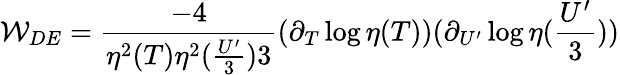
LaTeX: {\cal W}_{DE}=\frac{-4}{\eta^{2}(T)\eta^{2}(\frac{U^{\prime}}{3})3}(\partial_{T}\log\eta(T))(\partial_{U^{\prime}}\log\eta(\frac{U^{\prime}}{3}))